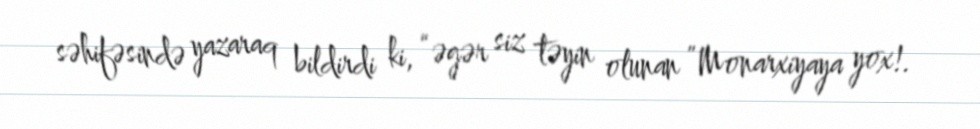
səhifəsində yazaraq bildirdi ki, “əgər siz təyin olunan ”Monarxiyaya yox!.